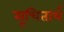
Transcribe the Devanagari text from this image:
सूचितार्थ